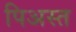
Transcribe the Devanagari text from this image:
पिअस्त